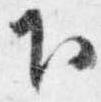
下